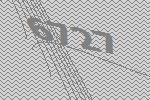
6727